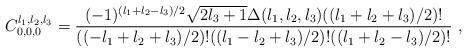
LaTeX: \begin{align*}C_{0,0,0}^{l_{1},l_{2},l_{3}}=\frac{(-1)^{(l_{1}+l_{2}-l_{3})/2}\sqrt{2l_{3}+1}\Delta(l_{1},l_{2},l_{3})((l_{1}+l_{2}+l_{3})/2)!}{((-l_{1}+l_{2}+l_{3})/2)!((l_{1}-l_{2}+l_{3})/2)!((l_{1}+l_{2}-l_{3})/2)!}\ ,\end{align*}